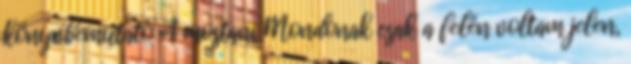
könyvbemutató A mostani Mondonak csak a felén voltam jelen,